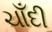
ચાઁદી